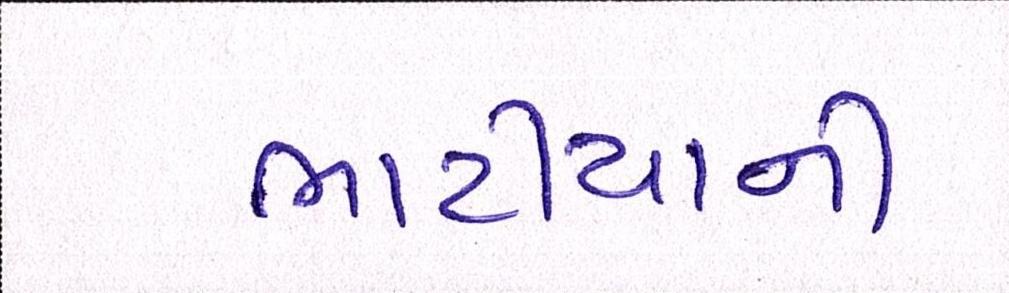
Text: ભાટીયાની